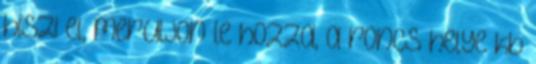
hiszi el, meruljon le hozza, a roncs helye kb